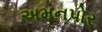
અમનપોર